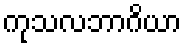
ကုသလဘာဂိယာ